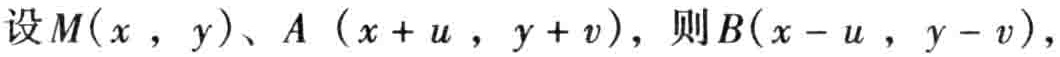
设$M(x,y)$、$A(x + u,y + v)$，则$B(x - u,y - v)$，